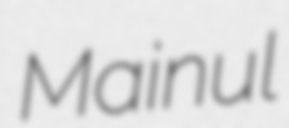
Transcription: Mainul